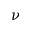
\nu